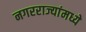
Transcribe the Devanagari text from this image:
नगरराज्यांमध्ये